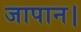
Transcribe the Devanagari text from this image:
जापान।